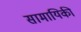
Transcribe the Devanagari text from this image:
सामायिकी